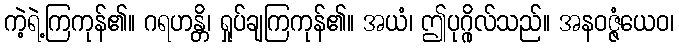
ကဲ့ရဲ့ကြကုန်၏။ ဂရဟန္တိ၊ ရှုပ်ချကြကုန်၏။ အယံ၊ ဤပုဂ္ဂိုလ်သည်။ အနဝဇ္ဇံယေဝ၊